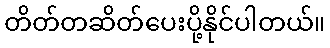
တိတ်တဆိတ်ပေးပို့နိုင်ပါတယ်။